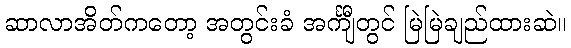
ဆာလာအိတ်ကတော့ အတွင်းခံ အင်္ကျီတွင် မြဲမြဲချည်ထားဆဲ။